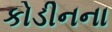
કોડીનના